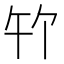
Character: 𪟳